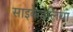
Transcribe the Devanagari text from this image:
साइकेडेलिया